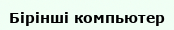
Бірінші компьютер